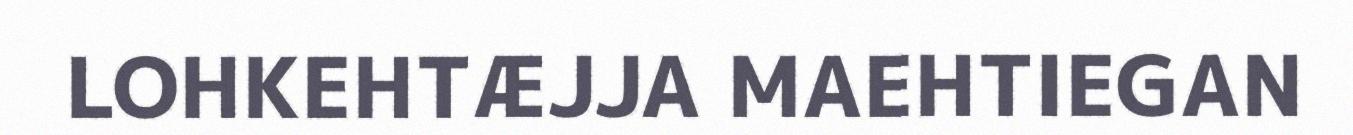
LOHKEHTÆJJA MAEHTIEGAN